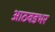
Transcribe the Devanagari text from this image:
आठवडभर